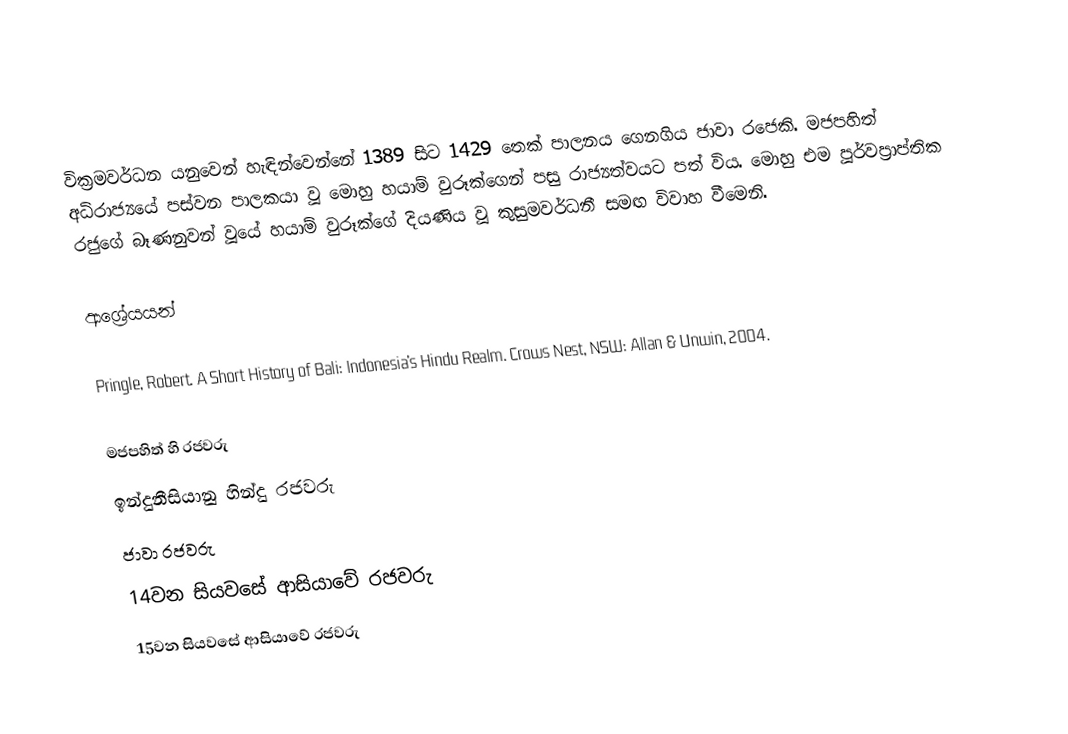
වික්‍රමවර්ධන යනුවෙන් හැඳින්වෙන්නේ 1389 සිට 1429 තෙක් පාලනය ගෙනගිය ජාවා රජෙකි. මජපහිත් අධිරාජ්‍යයේ පස්වන පාලකයා වූ මොහු හයාම් වුරූක්ගෙන් පසු රාජ්‍යත්වයට පත් විය. මොහු එම පූර්වප්‍රාප්තික ‍රජුගේ බෑණනුවන් වූයේ හයාම් වුරූක්ගේ දියණිය වූ කුසුමවර්ධනී සමඟ විවාහ වීමෙනි.

ආශ්‍රේයයන්

 Pringle, Robert. A Short History of Bali: Indonesia's Hindu Realm. Crows Nest, NSW: Allan & Unwin, 2004.

මජපහිත් හි රජවරු
ඉන්දුනීසියානු හින්දු රජවරු
ජාවා රජවරු
14වන සියවසේ ආසියාවේ රජවරු
15වන සියවසේ ආසියාවේ රජවරු